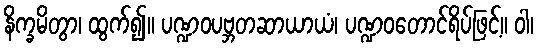
နိက္ခမိတွာ၊ ထွက်၍။ ပဏ္ဍဝပဗ္ဘတဆာယာယံ၊ ပဏ္ဍဝတောင်ရိပ်ဖြင့်။ ဝါ၊